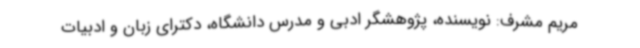
مریم مشرف: نویسنده، پژوهشگر ادبی و مدرس دانشگاه، دکترای زبان و ادبیات